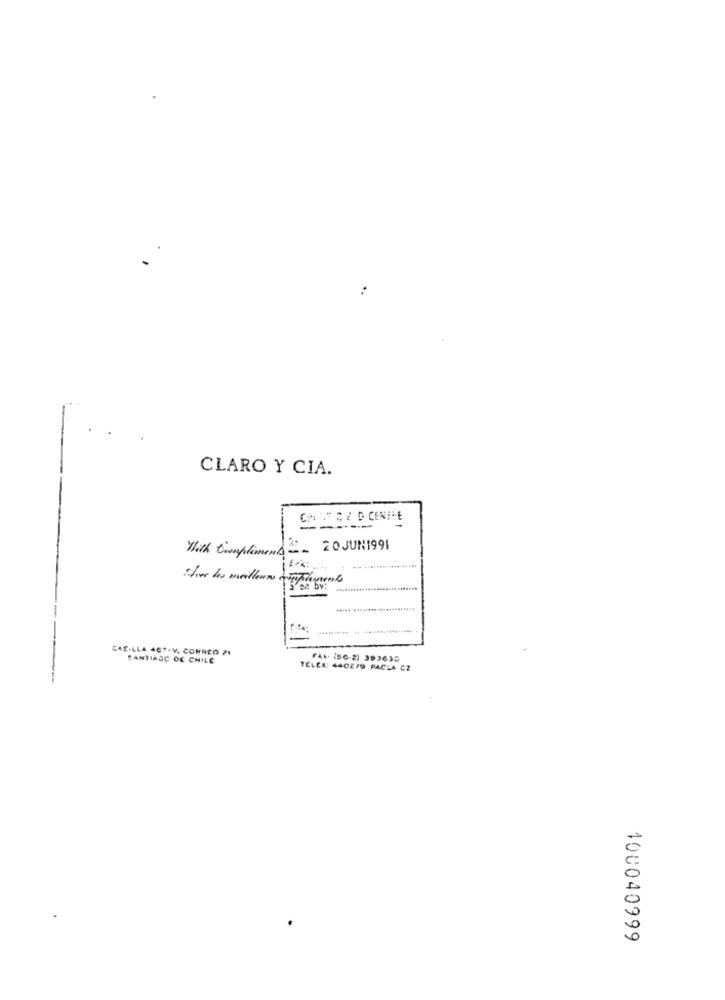
CLARO Y CIA.
CHE EZ D CENTRE
With Compliments == 20 JUN1991
Vier les meilleurs coppiements
CASILLA 467-V, CORREO ?1
SANTIAGO DE CHILE
FAX. (56-2) 393635
TELEX: 440279 PACLA CZ
100040999